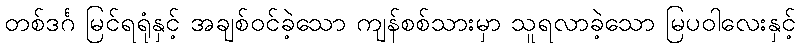
တစ်ဒင်္ဂ မြင်ရရုံနှင့် အချစ်ဝင်ခဲ့သော ကျန်စစ်သားမှာ သူရလာခဲ့သော မြပဝါလေးနှင့်